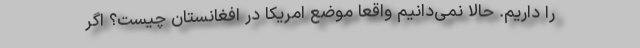
را داریم. حالا نمی‌دانیم واقعاً موضع امریکا در افغانستان چیست؟ اگر